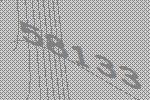
58133